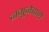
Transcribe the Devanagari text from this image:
नमूनेवाले